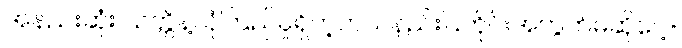
အနည်းဆုံး သတ္တိနဲ့ယုံကြည်မှုရှိတဲ့ဘယ်နည်းပြတိုင်းအတွက်မဆိုပေါ့။